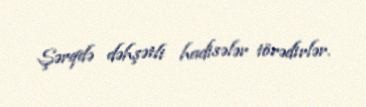
Şərqdə dəhşətli hadisələr törədirlər.